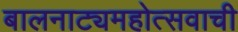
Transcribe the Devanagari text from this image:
बालनाट्यमहोत्सवाची